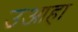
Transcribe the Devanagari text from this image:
उआहा